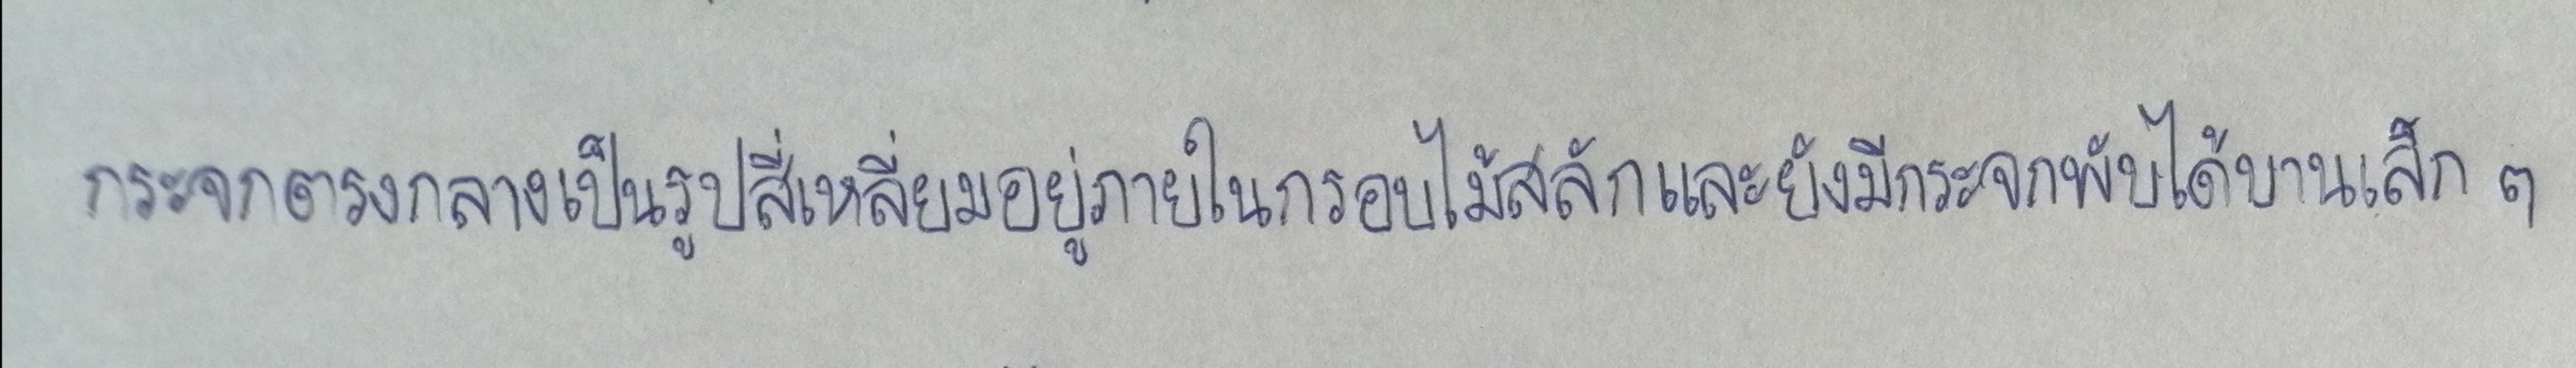
กระจกตรงกลางเป็นรูปสี่เหลี่ยมอยู่ภายในกรอบไม้สลักและยังมีกระจกพับได้บานเล็กๆ